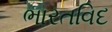
ભારતવિદ